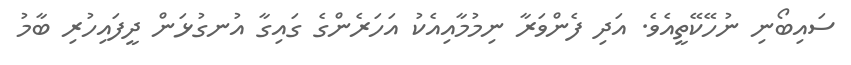
ސައިބޯނި ނުހޭކޭތީއެވެ. އަދި ފެންވަރާ ނިމުމާއިއެކު އަހަރެންގެ ގައިގާ އުނގުޅަން ދީފައިހުރި ބާމު